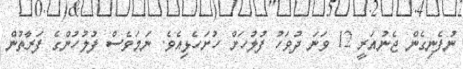
ނުފެނިގެން ޖެނުއަރީ 12 ވަނަ ދުވަހު ފުލުހަށް ހުށަހެޅިއެވެ. ނަމަވެސް ފުލުހުންގެ ފަރާތުން